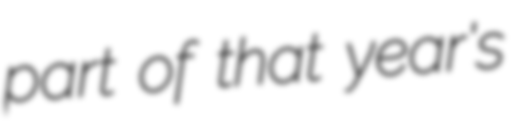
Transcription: part of that year's